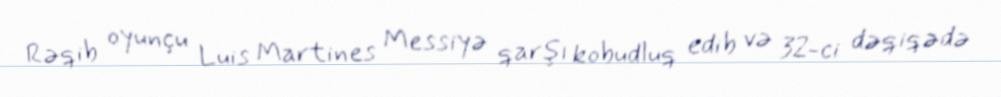
Rəqib oyunçu Luis Martines Messiyə qarşı kobudluq edib və 32-ci dəqiqədə